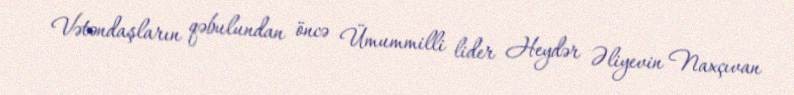
Vətəndaşların qəbulundan öncə Ümummilli lider Heydər Əliyevin Naxçıvan